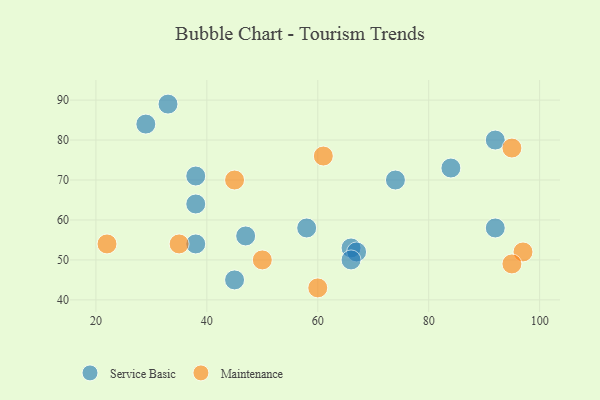
{"axis": {"x": "GDP", "y": "Life Expectancy"}, "legend": ["Maintenance", "Service Basic"], "data": [{"x": "33", "y": 89, "type": "Service Basic"}, {"x": "66", "y": 53, "type": "Service Basic"}, {"x": "29", "y": 84, "type": "Service Basic"}, {"x": "67", "y": 52, "type": "Service Basic"}, {"x": "38", "y": 54, "type": "Service Basic"}, {"x": "47", "y": 56, "type": "Service Basic"}, {"x": "74", "y": 70, "type": "Service Basic"}, {"x": "66", "y": 50, "type": "Service Basic"}, {"x": "92", "y": 58, "type": "Service Basic"}, {"x": "45", "y": 45, "type": "Service Basic"}, {"x": "92", "y": 80, "type": "Service Basic"}, {"x": "58", "y": 58, "type": "Service Basic"}, {"x": "38", "y": 64, "type": "Service Basic"}, {"x": "84", "y": 73, "type": "Service Basic"}, {"x": "38", "y": 71, "type": "Service Basic"}, {"x": "95", "y": 78, "type": "Maintenance"}, {"x": "45", "y": 70, "type": "Maintenance"}, {"x": "22", "y": 54, "type": "Maintenance"}, {"x": "50", "y": 50, "type": "Maintenance"}, {"x": "97", "y": 52, "type": "Maintenance"}, {"x": "95", "y": 49, "type": "Maintenance"}, {"x": "61", "y": 76, "type": "Maintenance"}, {"x": "35", "y": 54, "type": "Maintenance"}, {"x": "60", "y": 43, "type": "Maintenance"}]}